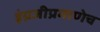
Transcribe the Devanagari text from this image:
इंग्रजीप्रमाणेच